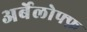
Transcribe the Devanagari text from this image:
अर्बेलोफ्फ़